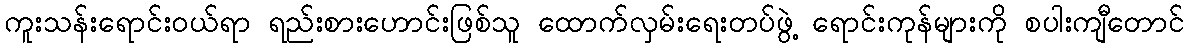
ကူးသန်းရောင်းဝယ်ရာ ရည်းစားဟောင်းဖြစ်သူ ထောက်လှမ်းရေးတပ်ဖွဲ့ ရောင်းကုန်များကို စပါးကျီတောင်